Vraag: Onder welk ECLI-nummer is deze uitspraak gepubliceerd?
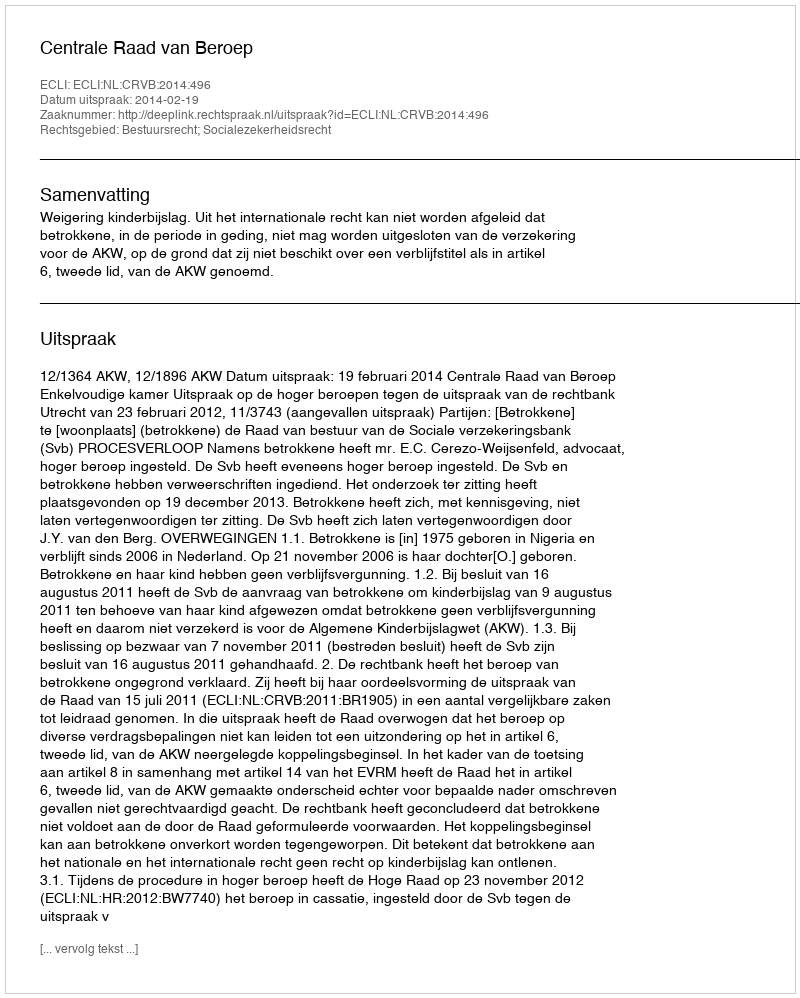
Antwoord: ECLI:NL:CRVB:2014:496